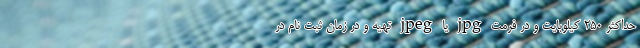
حداکثر ۲۵۰ کیلوبایت و در فرمت jpg یا jpeg تهیه و در زمان ثبت نام در